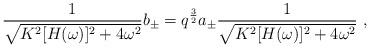
LaTeX: \begin{align*}{1\over\sqrt{K^2[H(\omega)]^2+4\omega^2}}b_\pm=q^{3\over2} a_\pm{1\over\sqrt{K^2[H(\omega)]^2+4\omega^2}}\ , \end{align*}